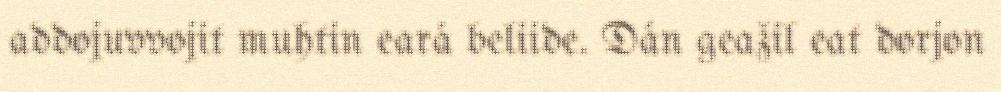
addojuvvojit muhtin eará beliide. Dán geažil eat dorjon